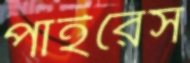
পাইরেস